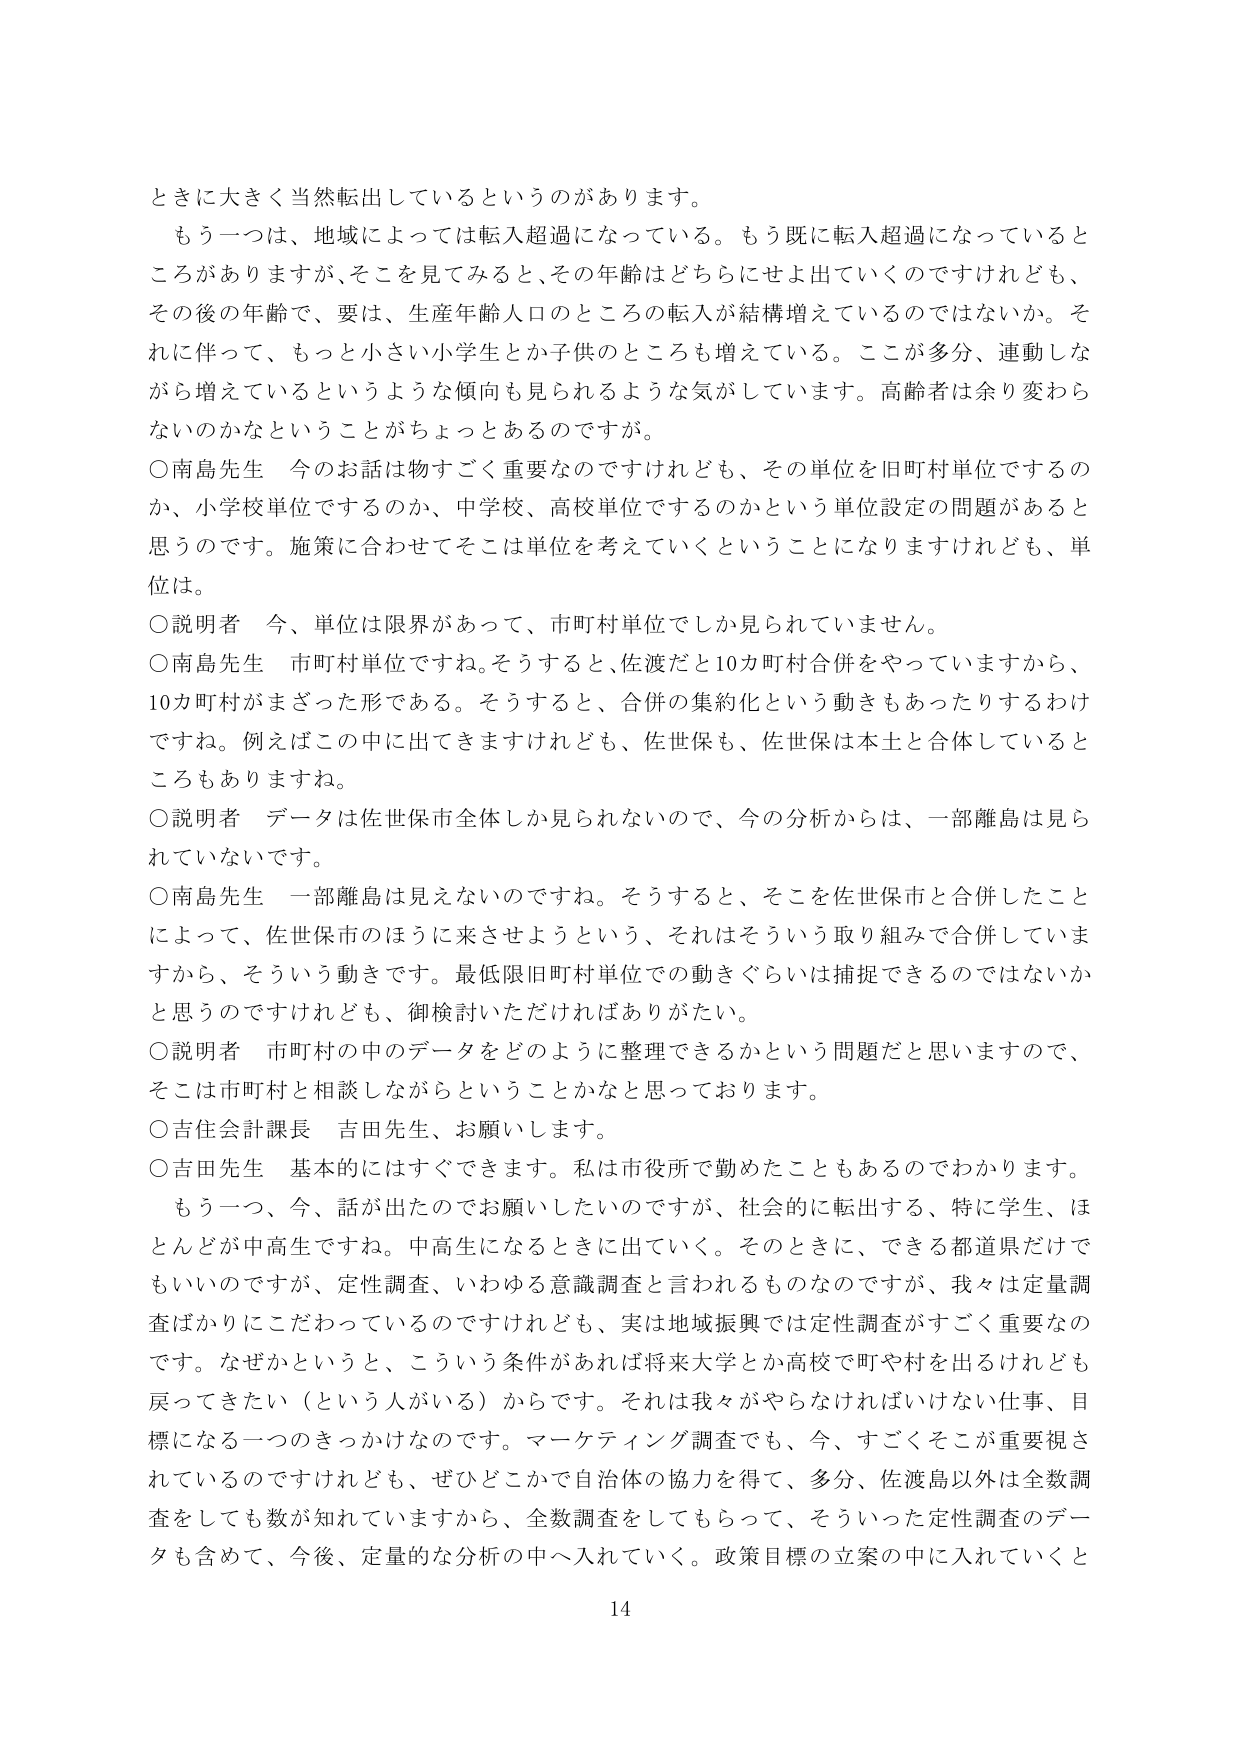
ときに大きく当然転出しているというのがあります。

もう一つは、地域によっては転入超過になっている。もう既に転入超過になっているところがありますが、そこを見てみると、その年齢はどちらにせよ出していくのですけれども、その後の年齢で、要は、生産年齢人口のところの転入が結構増えているのではないか。それに伴って、もっと小さい小学生とか子供のところも増えている。ここが多分、連動しながら増えているというような傾向も見られるような気がしています。高齢者は余り変わらないのかなということがちょっとあるのですが。

○南島先生 今のお話は物すごく重要なのですけれども、その単位を旧町村単位でするのか、小学校単位でするのか、中学校、高校単位でするのかという単位設定の問題があると思うのです。施策に合わせてそこは単位を考えていくということになりますけれども、単位は。

○説明者 今、単位は限界があって、市町村単位でしか見られていません。

○南島先生 市町村単位ですね。そうすると、佐渡だと10カ町村合併をやっていますから、10カ町村がまざった形である。そうすると、合併の集約化という動きもあったりするわけですね。例えばこの中に出てきますけれども、佐世保も、佐世保は本土と合体しているところもありますね。

○説明者 データは佐世保市全体しか見られないのです、今の分析からは、一部離島は見られていないです。

○南島先生 一部離島は見えないのですね。そうすると、そこを佐世保市と合併したことによって、佐世保市のほうに来させようという、それはそういう取り組みで合併していますから、そういう動きです。最低限旧町村単位での動きぐらいは捕捉できるのではないかと思うのですけれども、御検討いただければありがたい。

○説明者 市町村の中のデータをどのように整理できるかという問題だと思いますので、そこは市町村と相談しながらということかなと思っております。

○吉住会計課長 吉田先生、お願いします。

○吉田先生 基本的にはすぐできます。私は市役所で勤めたこともあるのでわかります。

もう一つ、今、話が出たのでお願いしたいのですが、社会的に転出する、特に学生、ほとんどが中高生ですね。中高生になるときに出ていく。そのときに、できる都道県だけでもいいのですが、定性調査、いわゆる意識調査と言われるものなのですが、我々は定量調査ばかりにこだわっているのですけれども、実は地域振興では定性調査がすごく重要なのです。なぜかというと、こういう条件があれば将来大学とか高校で町や村を出るけれども戻ってきたい（という人がいる）からです。それは我々がやらなければならない仕事、目標になる一つのきっかけなのです。マーケティング調査でも、今、すごくそこが重要視されているのですけれども、ぜひどこかで自治体の協力を得て、多分、佐渡島以外は全数調査をしても数が知れていますから、全数調査をしてもらって、そういった定性調査のデータも含めて、今後、定量的な分析の中へ入れていく。政策目標の立案の中に入れていくと

14